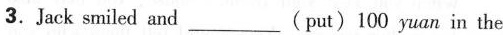
3.Jack smiled and___(put)100 yuan in the